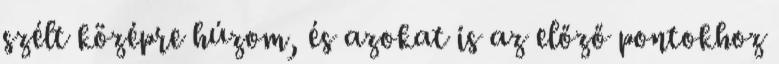
szélt középre húzom, és azokat is az előző pontokhoz